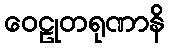
ဝေဠုတရုဏာနိ